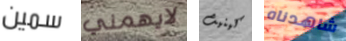
سمين لايهمني كينيث شاهدناه